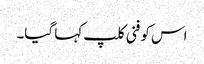
اس کو فنی کلپ کہا گیا۔